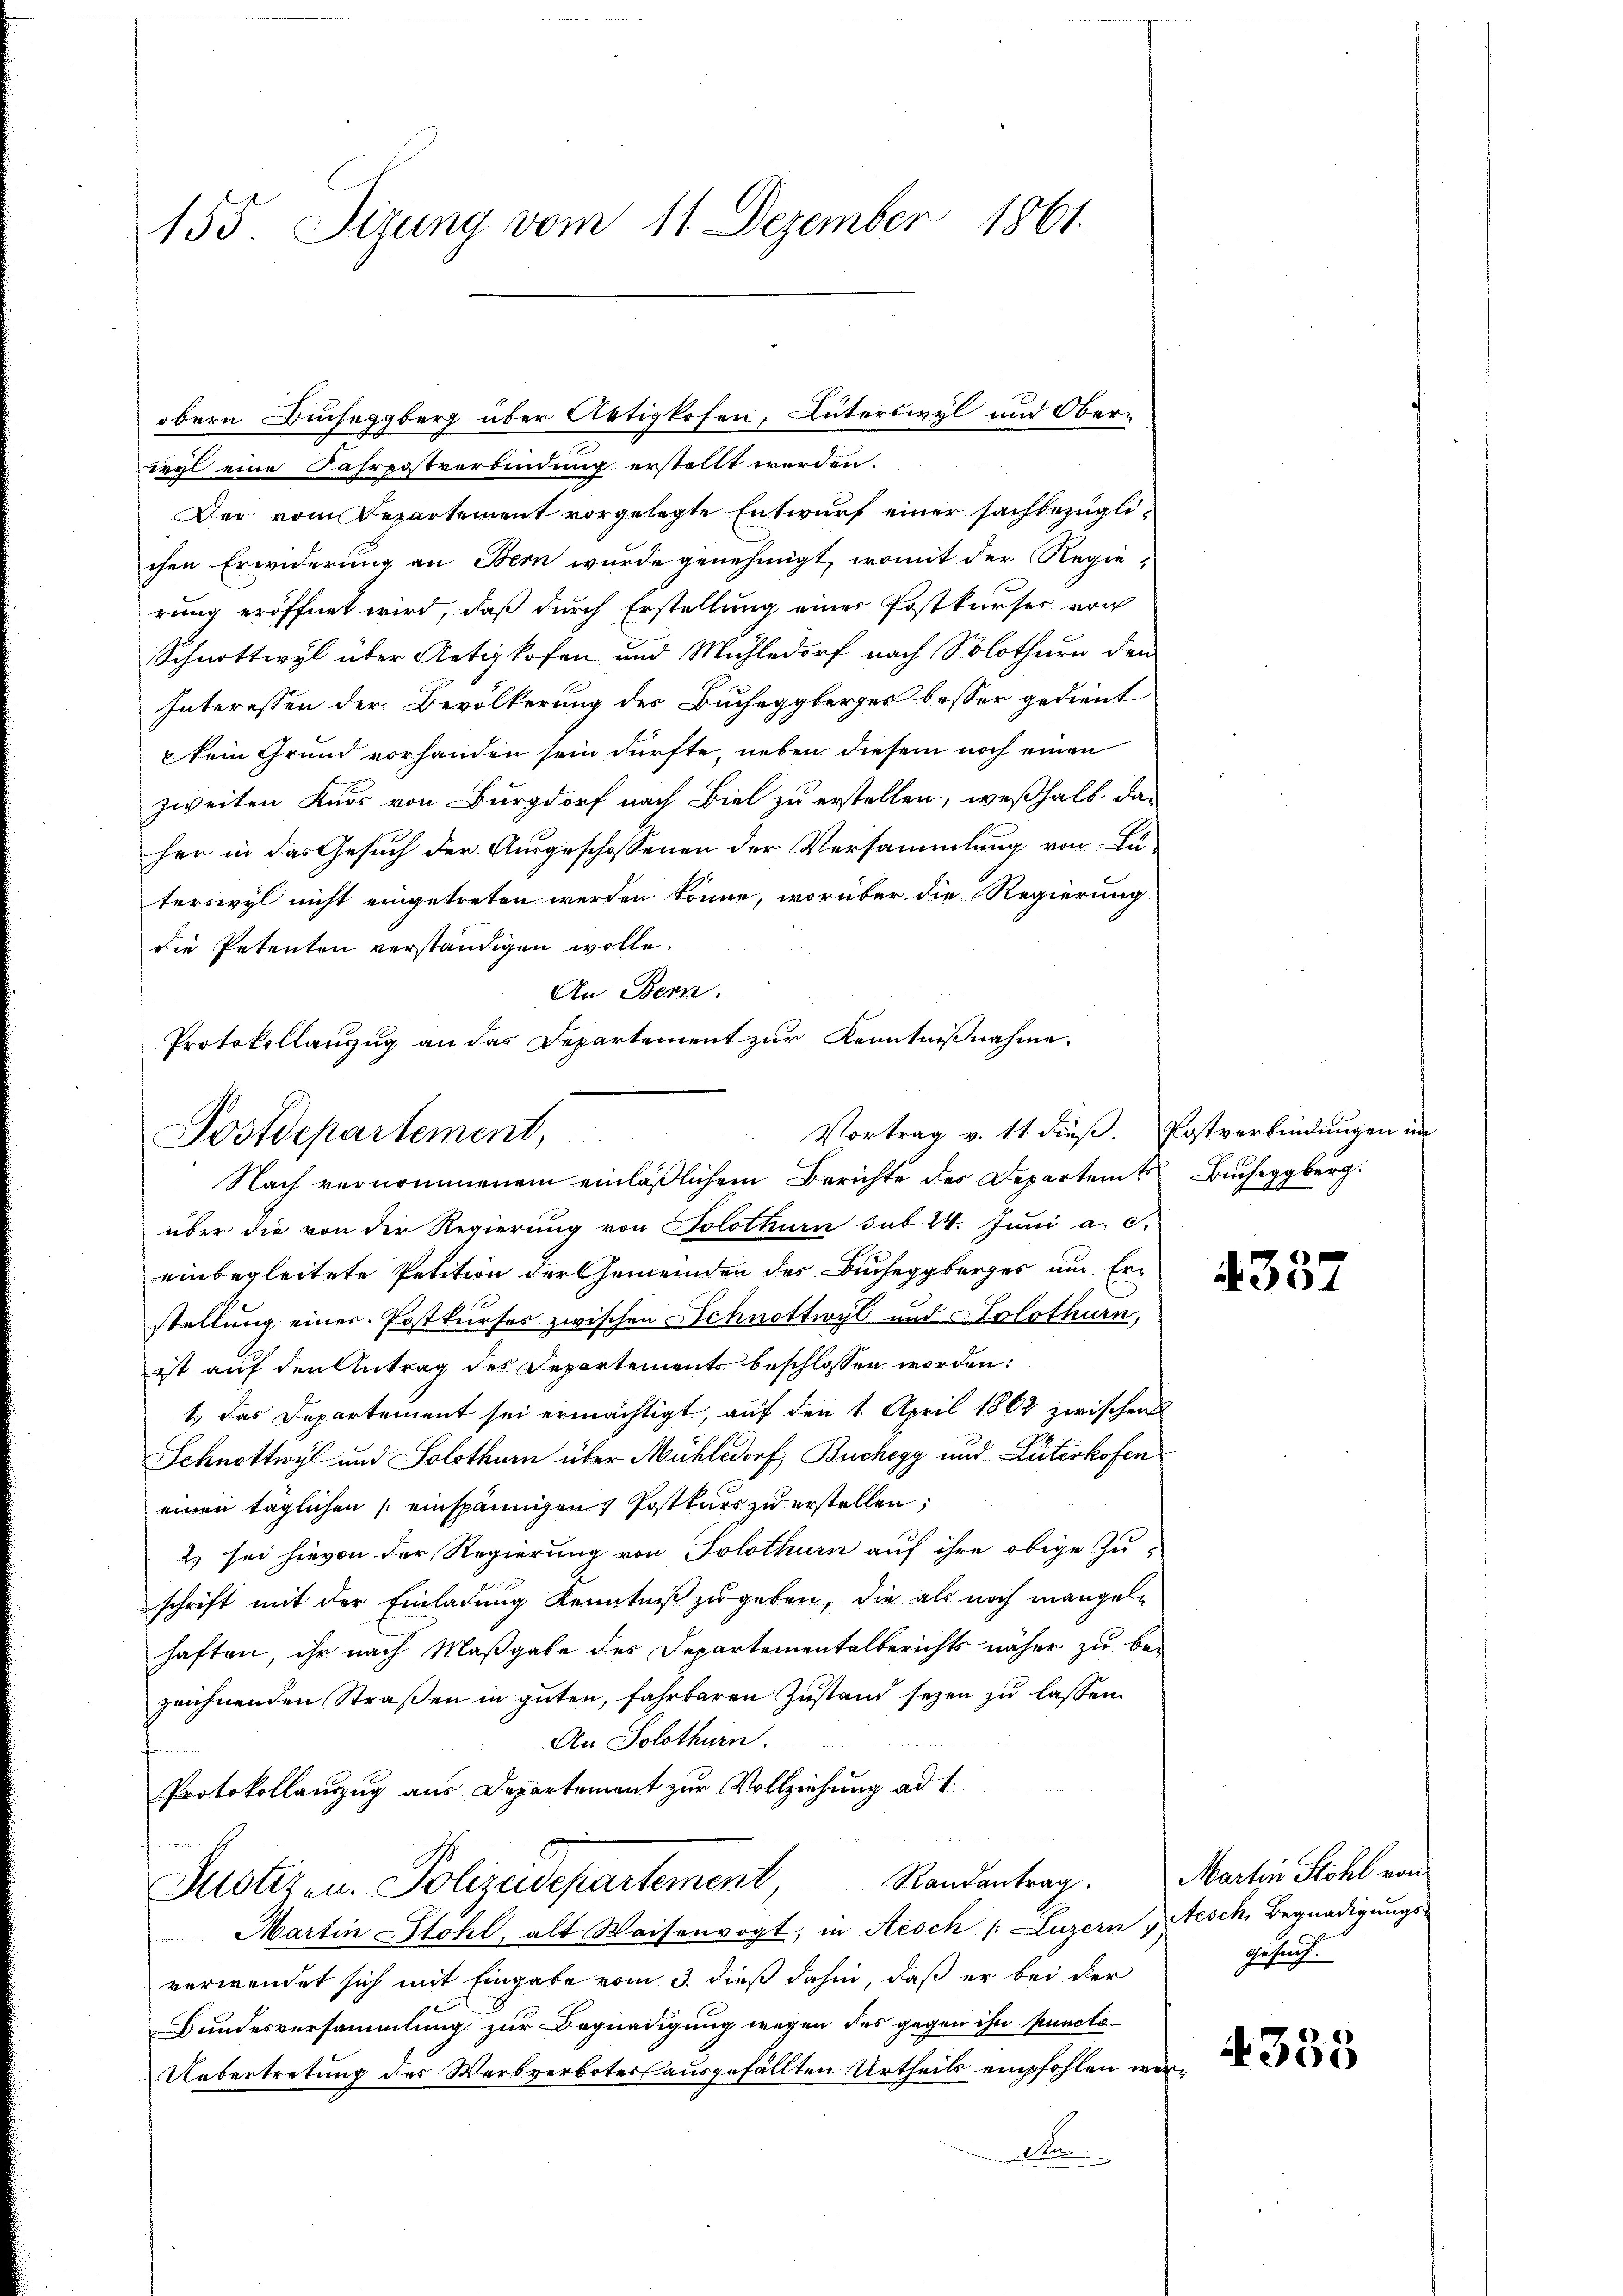
155 Sizung vom 11. Dezember 1861.

eyl eine Fahrpostverbindung erstellt werden.
Der vom Departement vorgelegte Entwurf einer sachbezüglichen Erwiderung an Bern wurde genehmigt, womit der Regierung eröffnet wird, daß durch Erstellung einer Postkurses von
Schnottwyl über Aetikofen und Mühledorf nach Solothurn den
Interessen der Bevölkerung des Bucheggberges besser gedient
kein Grund vorhanden sein dürfte, neben diesem noch einen
zweiten Kurs von Burgdorf nach Biel zu erstellen, weßhalb da-
her in das Gesuch der Ausgeschossenen der Versammlung von Lu-
terswyl nicht eingetreten werden könne, worüber die Regierung
die Petenten verständigen wolle.
An Bern.
Protokollauszug an das Departement zur Kenntnißnahme.

obern Bucheggberg über Aetikofen, Güterswyl und Ober¬

Vortrag v. 11 dieß. Postverbindungen im
Postdepartement,
Nach vernommenem einläßlichem Berichte des Departemtes Bucheggberg.

über die von der Regierung von Solothurn sub 24. Juni a. c.
einbegleitete Petition der Gemeinden des Bucheggberges um Erstellung einer Postkurses zwischen Schnottwyl und Solothurn,
ist auf den Antrag des Departements beschlossen worden:
1.) Das Departement sei ermächtigt, auf den 1. April 1862 zwischen
Schnottwyl und Solothurn über Mühledorf, Buchegg und Guteshofen
einen täglichen (einspännigen 1 Postkurs zu erstellen;
2) sei hievon der Regierung von Solothurn auf ihre obige Zu-
schrift mit der Einladung Kenntniß zugeben, die als noch mangelhaften, ihr nach Maßgabe des Departementalberichts näher zu bezeichnenden Straßen in guten, fahrbaren Zustand seyen zu lassen.
An Solothurn.
Protokollauszug aus Departement zur Vollziehung ad 1.
Justizen. Polizeidepartement Randantrag. Martin Stöhl von
Martin Stohl, alt Waisenvogt, in Aesch /: Luzern, Nesch, Begnadigungs-
verwendet sich mit Eingabe vom 3. dieß dahin, daß er bei der
Bundesversammlung zur Begnadigung wegen des gegen ihn puncto
Uebertretung des Werbverbotes ausgefällten Urtheils empfohlen werden

4357

Gesuch.

4333